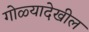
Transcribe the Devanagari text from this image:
गोळ्यादेखील